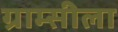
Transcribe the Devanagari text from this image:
ग्राम्सीला